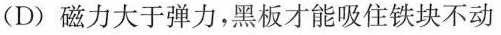
(D)磁力大于弹力，黑板才能吸住铁块不动